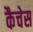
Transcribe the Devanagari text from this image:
कैचेस